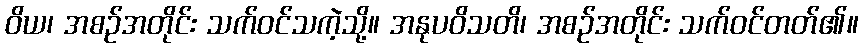
ဝိယ၊ အစဉ်အတိုင်း သက်ဝင်သကဲ့သို့။ အနုပဝိသတိ၊ အစဉ်အတိုင်း သက်ဝင်တတ်၏။